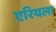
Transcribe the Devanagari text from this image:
एरियला